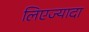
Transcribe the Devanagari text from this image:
लिएज्यादा